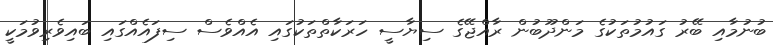
ބުނުމާއި ބޭރު ގައުމުތަކުގެ މަންދޫބުން ރާއްޖޭގެ ސިޔާސީ ހަރަކާތްތަކުގައި އެއްވެސް ސިފައެއްގައި ބައިވެރިވުމަކީ